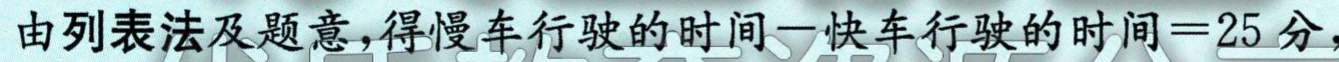
由列表法及题意，得慢车行驶的时间$-$快车行驶的时间$=25$分，